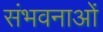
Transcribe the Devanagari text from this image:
संभवनाओं